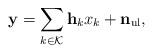
LaTeX: \begin{align*} \mathbf{y}=\sum_{k\in\mathcal{K}}\mathbf{h}_{k}x_{k}+\mathbf{n}_{\textrm{ul}},\end{align*}